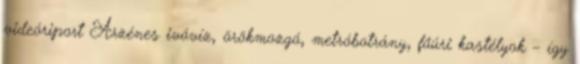
videóriport Arzénes ivóvíz, örökmozgó, metróbotrány, főúri kastélyok – így